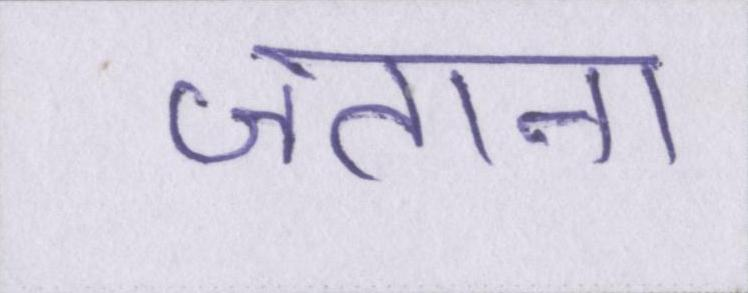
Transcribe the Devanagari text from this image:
जताना